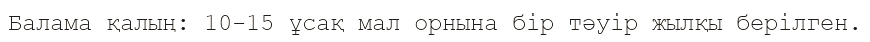
Балама қалың: 10-15 ұсақ мал орнына бір тәуір жылқы берілген.